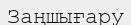
Заңшығару